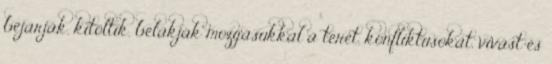
bejárják, kitöltik, belakják mozgásukkal a teret, konfliktusokat, vívást és